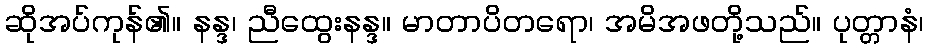
ဆိုအပ်ကုန်၏။ နန္ဒ၊ ညီထွေးနန္ဒ။ မာတာပိတရော၊ အမိအဖတို့သည်။ ပုတ္တာနံ၊